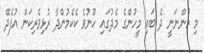
މި ހުންނަނީ ދެ ބައި މީހުންގެ މެދުގައި ހޫނުވެ ކެކެމުންދާ ރުޅިވެރިކަން އުފެދޭ